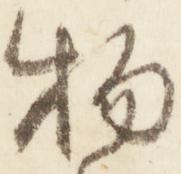
物